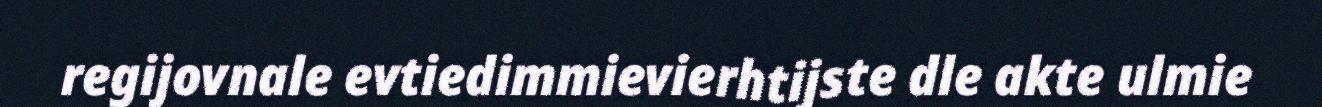
regijovnale evtiedimmievierhtijste dle akte ulmie